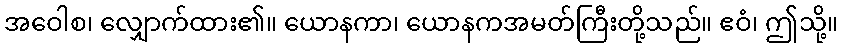
အဝေါစ၊ လျှောက်ထား၏။ ယောနကာ၊ ယောနကအမတ်ကြီးတို့သည်။ ဧဝံ၊ ဤသို့။